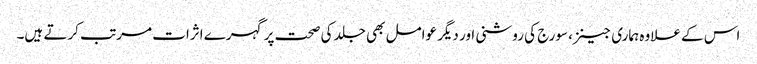
اس کے علاوہ ہماری جینز، سورج کی روشنی اور دیگر عوامل بھی جلد کی صحت پر گہرے اثرات مرتب کرتے ہیں۔